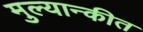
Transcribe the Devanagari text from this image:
मुल्यान्कीत